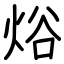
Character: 焀